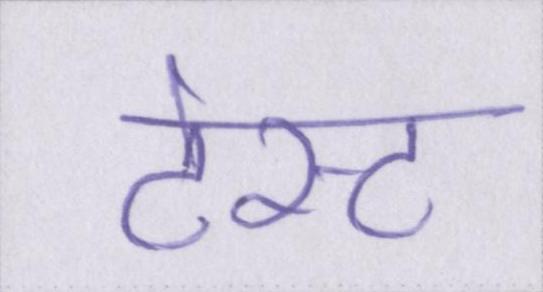
टेस्ट